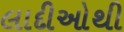
લાદીઓથી